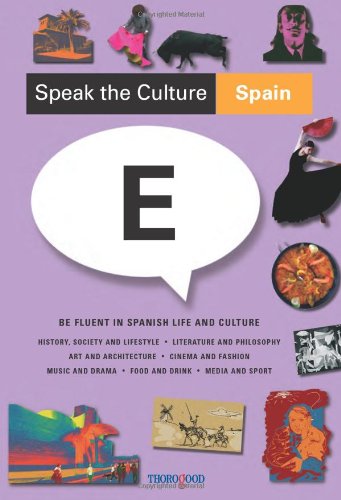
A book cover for Speak the Culture: Spain; Andrew Whittaker; Travel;